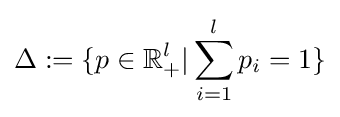
\Delta :=\{p\in \mathbb {R} _{+}^{l}|\sum _{i=1}^{l}p_{i}=1\}